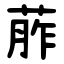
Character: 葄